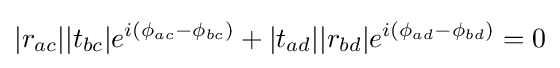
|r_{ac}||t_{bc}|e^{i(\phi _{ac}-\phi _{bc})}+|t_{ad}||r_{bd}|e^{i(\phi _{ad}-\phi _{bd})}=0